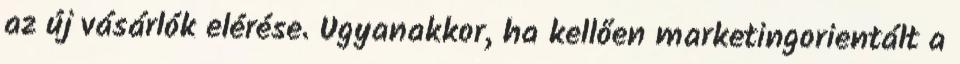
az új vásárlók elérése. Ugyanakkor, ha kellően marketingorientált a